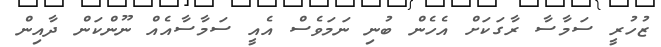
ޒުހުރީ ސަމާސާ ރާގަކަށް އެހެން ބުނި ނަމަވެސް އެއީ ސަމާސާއެއް ނޫންކަން ދާއިން